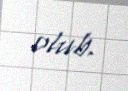
olub.